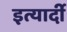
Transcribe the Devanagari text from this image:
इत्यार्दी